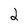
Character: 2